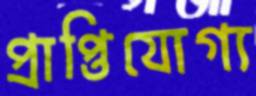
প্রাপ্তিযোগ্য